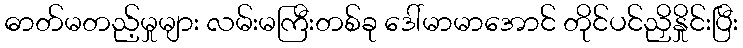
ဓာတ်မတည့်မှုများ လမ်းမကြီးတစ်ခု ဒေါ်မာမာအောင် တိုင်ပင်ညှိနှိုင်းပြီး